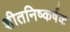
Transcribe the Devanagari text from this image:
शीतनिष्कर्षक